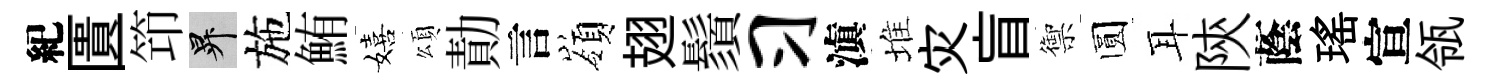
紀匱笻升施鮪嬉頌勣言嶺翅鬚习滇堆灾盲禦圆耳陝蔭瑤宣瓴